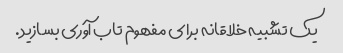
یک تشبیه خلاقانه برای مفهوم تاب آوری بسازید.